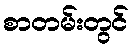
စာတမ်းတွင်